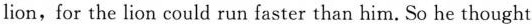
lion,for the lion could run faster than him. So he thought